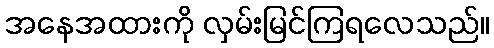
အနေအထားကို လှမ်းမြင်ကြရလေသည်။